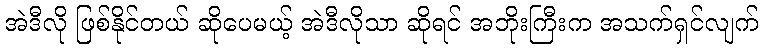
အဲဒီလို ဖြစ်နိုင်တယ် ဆိုပေမယ့် အဲဒီလိုသာ ဆိုရင် အဘိုးကြီးက အသက်ရှင်လျက်